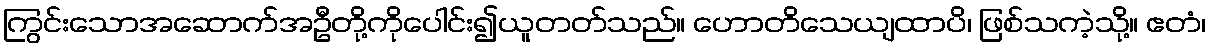
ကြွင်းသောအဆောက်အဦတို့ကိုပေါင်း၍ယူတတ်သည်။ ဟောတိသေယျထာပိ၊ ဖြစ်သကဲ့သို့။ ဧတံ၊